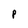
Character: p